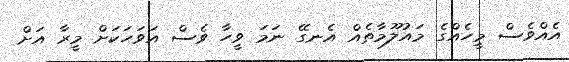
އެއްވެސް މީހެއްގެ މައުލޫމާތެއް އެނގޭ ނަމަ ވީހާ ވެސް އަވަހަކަށް މީރާ އަށް